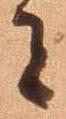
者